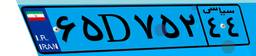
۶۵D۷۵۲۴۴